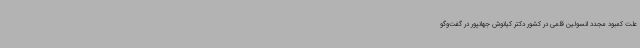
علت کمبود مجدد انسولین قلمی در کشور دکتر کیانوش جهانپور در گفت‌وگو